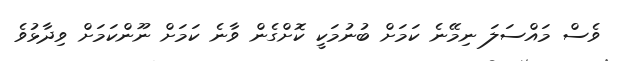
ވެސް މައްސަލަ ނިމޭނެ ކަމަށް ބުނުމަކީ ކޮށްގެން ވާނެ ކަމަށް ނޫންކަމަށް ވިދާޅުވެ